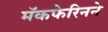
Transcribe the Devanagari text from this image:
मॅकफेरिनने